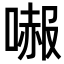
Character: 𠼶